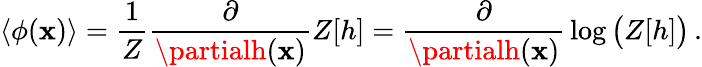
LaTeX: \left\langle\phi(\mathbf{x})\right\rangle={\frac{{1}}{{Z}}}{\frac{{\partial}}{{\partialh(\mathbf{x})}}}Z[h]={\frac{{\partial}}{{\partialh(\mathbf{x})}}}\log{\big(}Z[h]{\big)}\, .